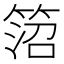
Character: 䈃